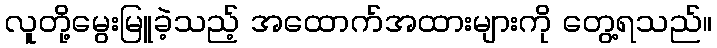
လူတို့မွေးမြူခဲ့သည့် အထောက်အထားများကို တွေ့ရသည်။